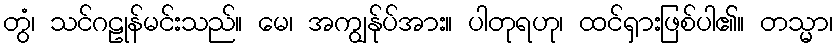
တွံ၊ သင်ဂဠုန်မင်းသည်။ မေ၊ အကျွန်ုပ်အား။ ပါတုရဟု၊ ထင်ရှားဖြစ်ပါ၏။ တသ္မာ၊